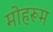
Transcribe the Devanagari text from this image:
मोहरूम